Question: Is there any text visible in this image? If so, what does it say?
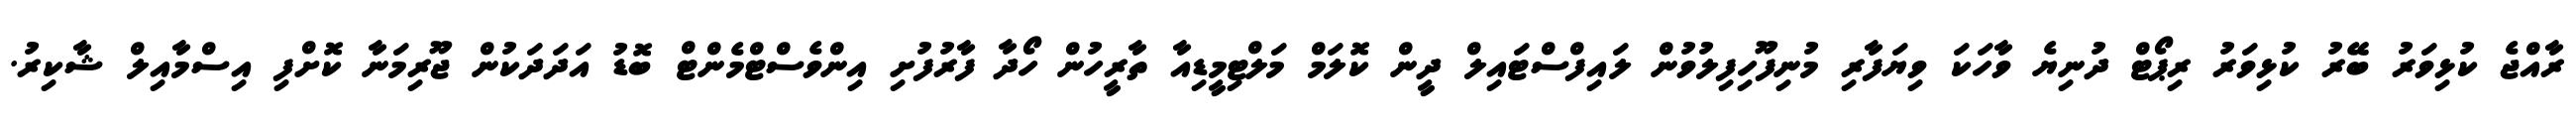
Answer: ރާއްޖެ ކުޅިވަރު ބޭރު ކުޅިވަރު ރިޕޯޓް ދުނިޔެ ވާހަކަ ވިޔަފާރި މުނިފޫހިފިލުވުން ލައިފްސްޓައިލް ދީން ކޮލަމް މަލްޓިމީޑިއާ ތާރީހުން ހޯދާ ފާރުފުށި އިންވެސްޓްމެންޓް ބޮޑު އަދަދަކުން ޖޫރިމަނާ ކޮށްފި އިސްމާއިލް ޝާކިރު.